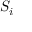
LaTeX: { \mathbf { } } S _ { i }